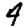
Digit: 4